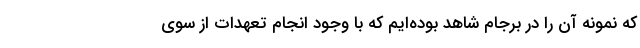
که نمونه آن را در برجام شاهد بوده‌ایم که با وجود انجام تعهدات از سوی